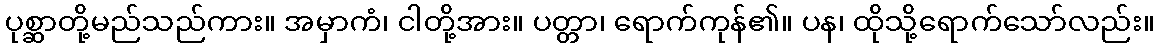
ပုစ္ဆာတို့မည်သည်ကား။ အမှာကံ၊ ငါတို့အား။ ပတ္တာ၊ ရောက်ကုန်၏။ ပန၊ ထိုသို့ရောက်သော်လည်း။